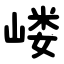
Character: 嵝